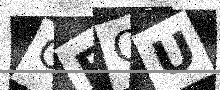
Text: OEQU